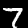
Label: 7